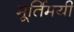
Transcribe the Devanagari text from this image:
मूर्तिमयी